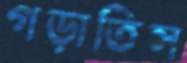
গড়াতিস